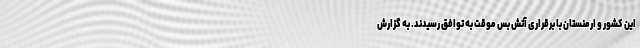
این کشور و ارمنستان با برقراری آتش بس موقت به توافق رسیدند. به گزارش